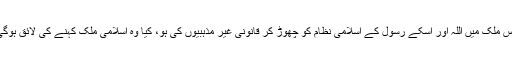
جس ملک میں اللہ اور اسکے رسول کے اسلامی نظام کو چھوڑ کر قانونی غیر مذہبیوں کی ہو، کیا وہ اسلامی ملک کہنے کی لائق ہوگی؟